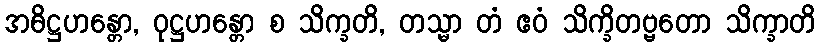
အဓိဋ္ဌဟန္တော, ဝုဋ္ဌဟန္တော စ သိက္ခတိ, တသ္မာ တံ ဧဝံ သိက္ခိတဗ္ဗတော သိက္ခာတိ